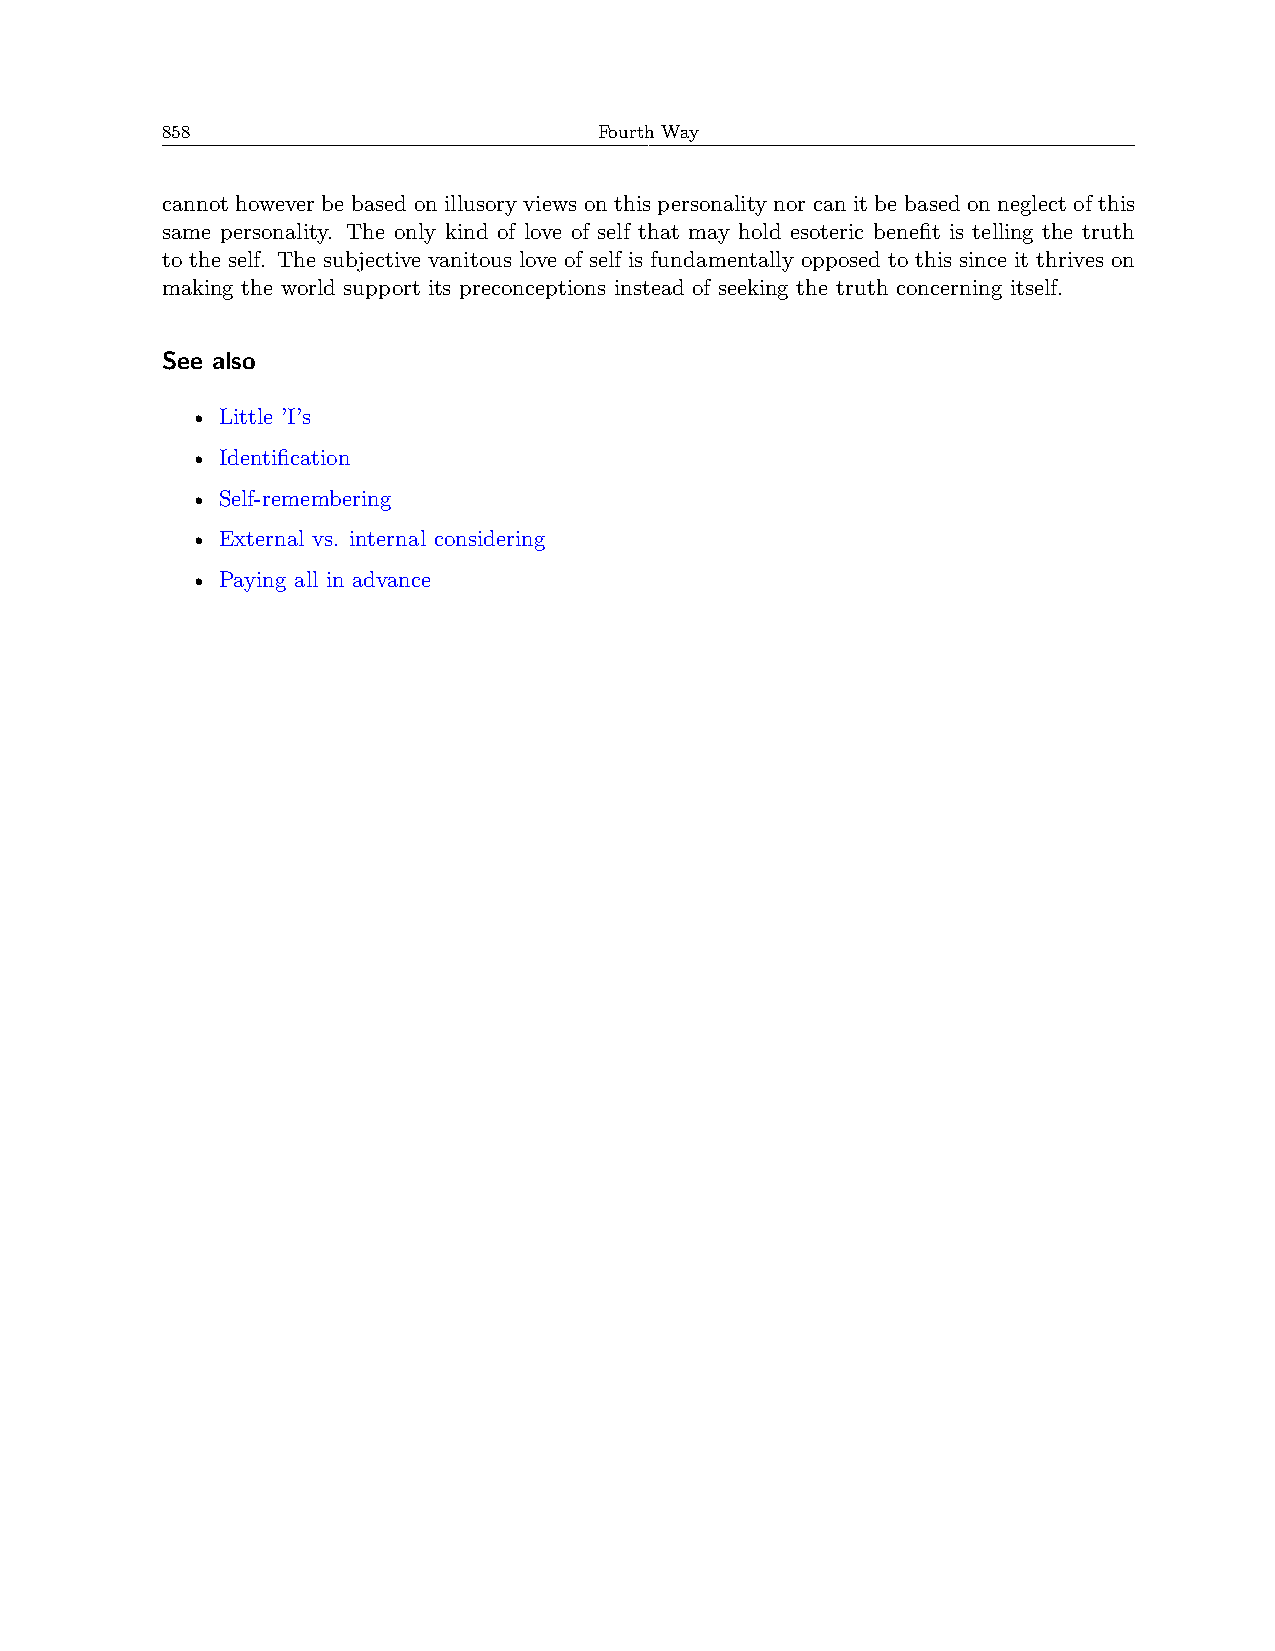
858                          Fourth Way
 cannot however be based on illusory views on this personality nor can it be based on neglect of this
 same personality. The only kind of love of self that may hold esoteric benefit is telling the truth
 to the self. The subjective vanitous love of self is fundamentally opposed to this since it thrives on
 making the world support its preconceptions instead of seeking the truth concerning itself.
 See also
 • Little ’I’s
 • Identification
 • Self-remembering
 • External vs. internal considering
 • Paying all in advance